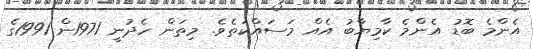
އެންމެ ބޮޑު އެންމެ ކާމިޔާބު އެއް މަސައްކަތެވެ. މިތަން ހެދުނީ 1971ން 1991ގެ